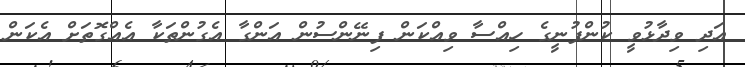
އަދި ވިދާޅުވީ ކުންފުނީގެ ހިއްސާ ވިއްކަން ފިނޭންސުން އަންގާ އެގުންތަކާ އެއްގޮތަށް އެކަން